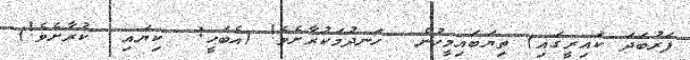
ފަރުބަދަ ކައިރީގައި) ތިޔަބައިމީހުން  ހަނދުމަކުރާށެވެ! (އެބަހީ:  ކިޔައި  ކުރާށެވެ!)